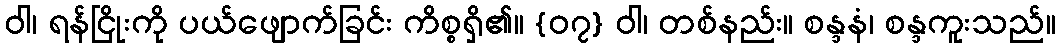
ဝါ၊ ရန်ငြိုးကို ပယ်ဖျောက်ခြင်း ကိစ္စရှိ၏။ {၀၇} ဝါ၊ တစ်နည်း။ စန္ဒနံ၊ စန္ဒကူးသည်။